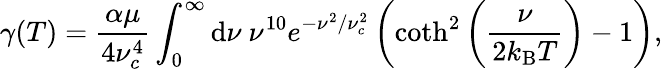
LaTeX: \gamma(T)=\frac{\alpha\mu}{4\nu_{c}^{4}}\int_{0}^{\infty}\mathrm{d}{\nu}~\nu^{10}e^{-\nu^{2}/\nu_{c}^{2}}\left(\coth^{2}\left(\frac{\nu}{2k_{\mathrm{B}}T}\right)-1\right),